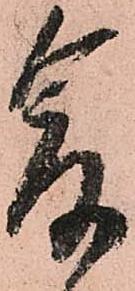
爰